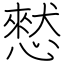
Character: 憖